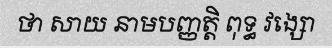
ថា សាយ នាមបញ្ញត្តិ ពុទ្ធ វង្សោ